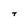
Character: T